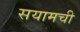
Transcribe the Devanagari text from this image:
सयामची